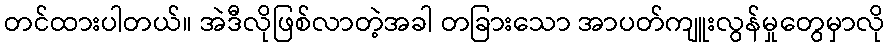
တင်ထားပါတယ်။ အဲဒီလိုဖြစ်လာတဲ့အခါ တခြားသော အာပတ်ကျူးလွန်မှုတွေမှာလို